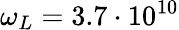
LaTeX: \omega_{L}=3.7\cdot 10^{10}